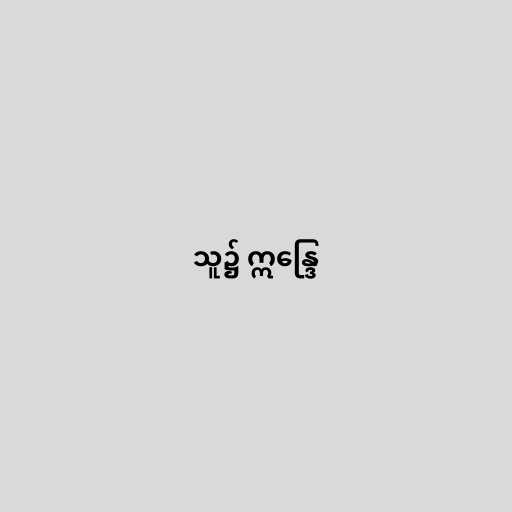
သူ၌ ဣန္ဒြေ